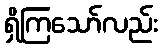
ရှိကြသော်လည်း